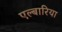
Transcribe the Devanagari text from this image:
एल्बारिया